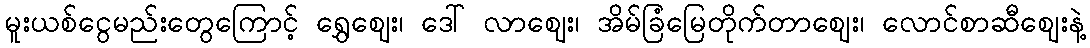
မူးယစ်ငွေမည်းတွေကြောင့် ရွှေဈေး၊ ဒေါ် လာဈေး၊ အိမ်ခြံမြေတိုက်တာဈေး၊ လောင်စာဆီဈေးနဲ့